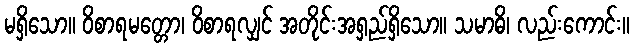
မရှိသော။ ဝိစာရမတ္တော၊ ဝိစာရလျှင် အတိုင်းအရှည်ရှိသော။ သမာဓိ၊ လည်းကောင်း။